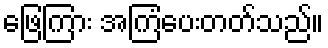
ဖြေကြား အကြံပေးတတ်သည်။